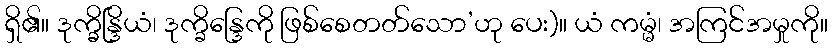
ရှိ၏။ ဒုက္ခ္ခိန္ဒြိယံ၊ ဒုက္ခိန္ဒြေကို ဖြစ်စေတတ်သော’ဟု ပေး)။ ယံ ကမ္မံ၊ အကြင်အမှုကို။